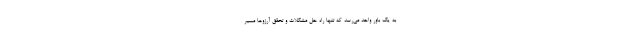
به یک باور واحد می‌رسد که تنها راه حل مشکلات و تحقّق آرزوها مسیر